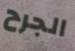
الجرح